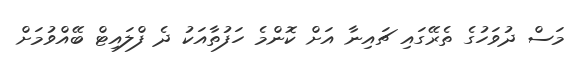
މަސް ދުވަހުގެ ތެރޭގައި ޗައިނާ އަށް ކޮންމެ ހަފުތާއަކު ދެ ފްލައިޓް ބޭއްވުމަށް